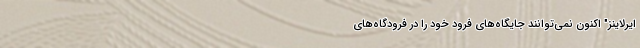
ایرلاینز" اکنون نمی‌توانند جایگاه‌های فرود خود را در فرودگاه‌های